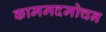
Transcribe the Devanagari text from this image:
काममदमोचन